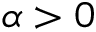
\alpha > 0